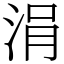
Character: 涓